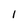
Character: 1